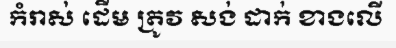
កំរាស់ ដើម ត្រូវ សង់ ដាក់ ខាងលើ